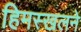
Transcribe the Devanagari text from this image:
हिमस्खलने